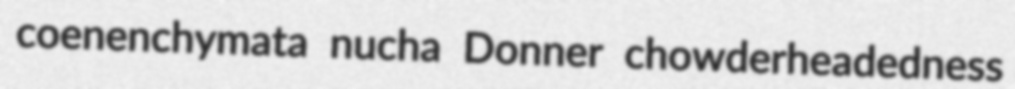
coenenchymata nucha Donner chowderheadedness